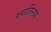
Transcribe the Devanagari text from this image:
ख्यातिनाम